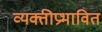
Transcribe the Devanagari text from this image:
व्यक्तीप्रभावित